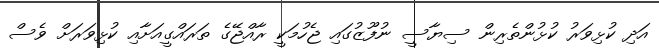
އަދި ކުޅިވަރު ކުޅުންތެރިން ސިޔާސީ ނުފޫޒުގައި ޖެހުމަކީ ރާއްޖޭގެ ތަރައްގީއަށާއި ކުޅިވަރަށް ވެސް